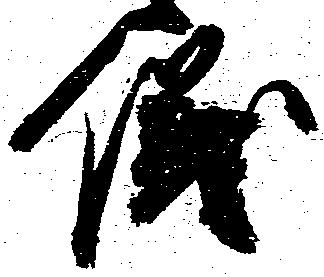
儀